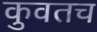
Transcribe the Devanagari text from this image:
कुवतच